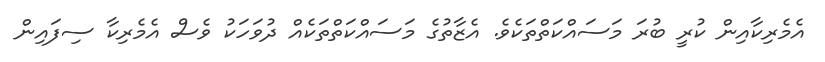
އެމެރިކާއިން ކުރީ ބުރަ މަސައްކަތްތަކެވެ. އެޒާތުގެ މަސައްކަތްތަކެއް ދުވަހަކު ވެސް އެމެރިކާ ސިފައިން